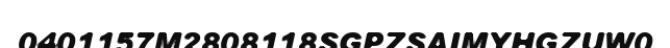
0401157M2808118SGPZSAIMYHGZUW0